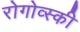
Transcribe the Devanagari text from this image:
रोगोव्स्की